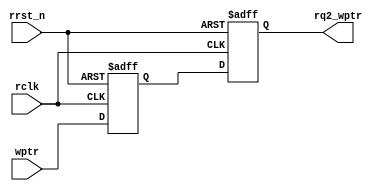
module sync_w2r #(parameter ADD_SIZE = 4) (

        output reg [ADD_SIZE:0] rq2_wptr,
        input [ADD_SIZE:0] wptr,
        input rclk,rrst_n
);
reg [ADD_SIZE:0] rq1_ptr;

always @(posedge rclk or negedge rrst_n)
begin
    if(!rrst_n)
    {rq2_wptr,rq1_ptr} <= 0;
    else
    {rq2_wptr,rq1_ptr} <= {rq1_ptr,wptr};
end
    
endmodule